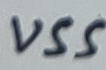
Text: VSS